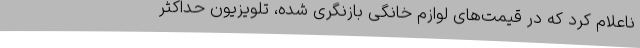
ناعلام کرد که در قیمت‌های لوازم خانگی بازنگری شده، تلویزیون حداکثر